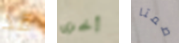
قد أخرى صمتا